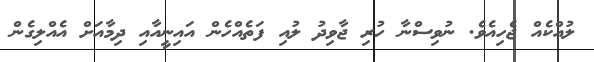
ލުއްކެއް ޖެހިއެވެ. ނުވިސްނާ ހުރި ޖާވިދު ލުއި ފަތެއްހެން އައިނީއާއި ދިމާއަށް އެއްލިގެން